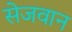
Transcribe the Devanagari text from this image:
सेजवान